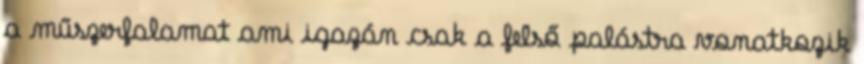
a műszerfalamat ami igazán csak a felső palástra vonatkozik